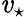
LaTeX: \mathit{v}_{\star}